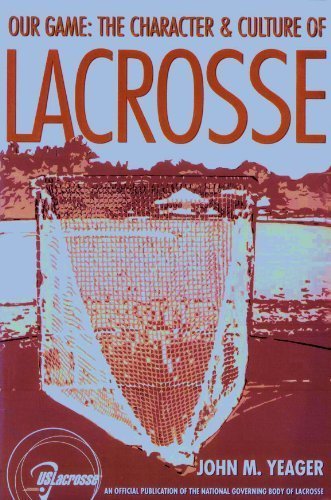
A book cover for Our Game: The Character & Culture of Lacrosse; John M. Yeager; Sports & Outdoors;